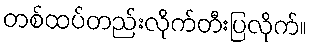
တစ်ထပ်တည်းလိုက်တီးပြလိုက်။